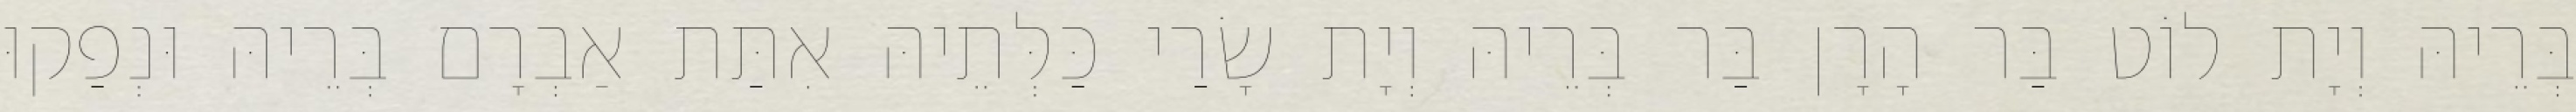
בְּרֵיהּ וְיָת לוֹט בַּר הָרָן בַּר בְּרֵיהּ וְיָת שָׂרַי כַּלְּתֵיהּ אִתַּת אַבְרָם בְּרֵיהּ וּנְפַקוּ